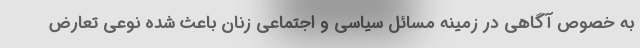
به خصوص آگاهی در زمینه مسائل سیاسی و اجتماعی زنان باعث شده نوعی تعارض